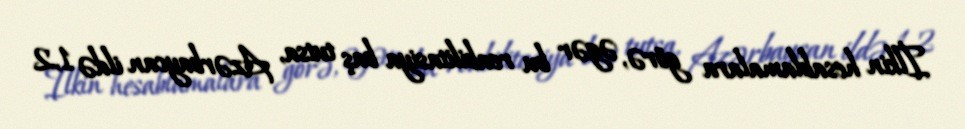
İlkin hesablamalara görə, əgər bu reabilitasiya baş tutsa, Azərbaycan ildə 1,2